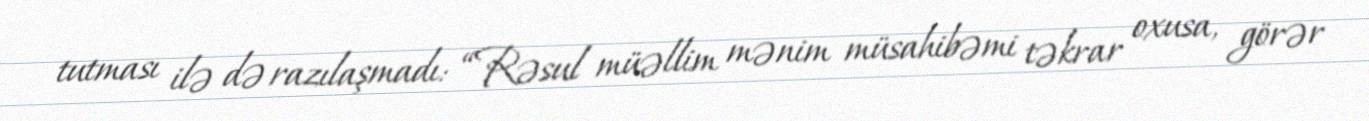
tutması ilə də razılaşmadı: “Rəsul müəllim mənim müsahibəmi təkrar oxusa, görər